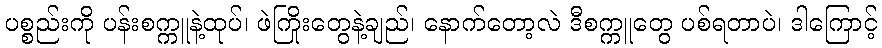
ပစ္စည်းကို ပန်းစက္ကူနဲ့ထုပ်၊ ဖဲကြိုးတွေနဲ့ချည်၊ နောက်တော့လဲ ဒီစက္ကူတွေ ပစ်ရတာပဲ၊ ဒါကြောင့်